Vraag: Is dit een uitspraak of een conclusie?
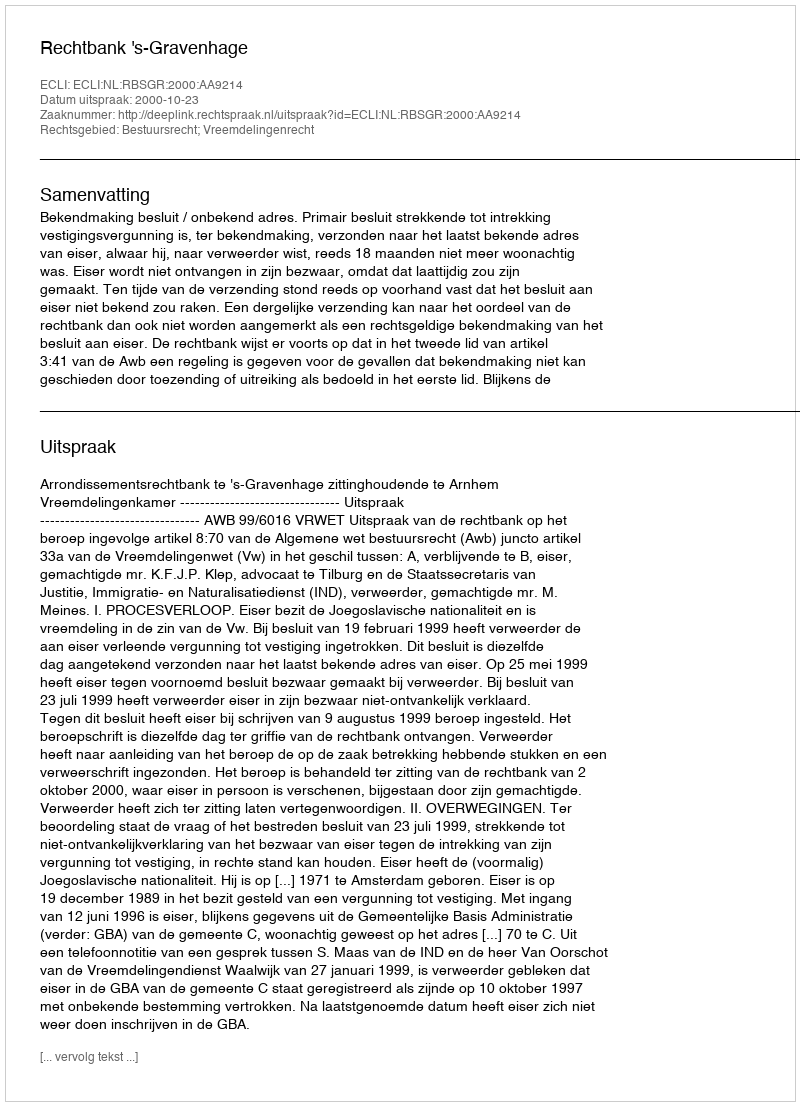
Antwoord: Uitspraak